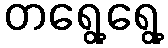
တရွေ့ရွေ့